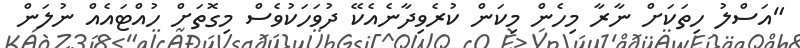
"އަސްލު ހިތަކަށް ނާރާ މިހެން މިކަން ކުރެވިދާނެއެކޭ ދުވަހަކުވެސް މިގޮތަށް ހުއްޓައެއް ނުލަން